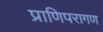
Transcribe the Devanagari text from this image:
प्राणिपरागण